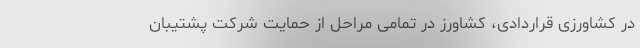
در کشاورزی قراردادی، کشاورز در تمامی مراحل از حمایت شرکت پشتیبان